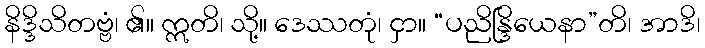
နိဒ္ဒိသိတဗ္ဗံ၊ ၏။ ဣတိ၊ သို့။ ဒေဿတုံ၊ ငှာ။ “ပညိန္ဒြိယေနာ”တိ၊ အာဒိ၊